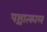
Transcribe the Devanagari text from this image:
पश्चात्काल